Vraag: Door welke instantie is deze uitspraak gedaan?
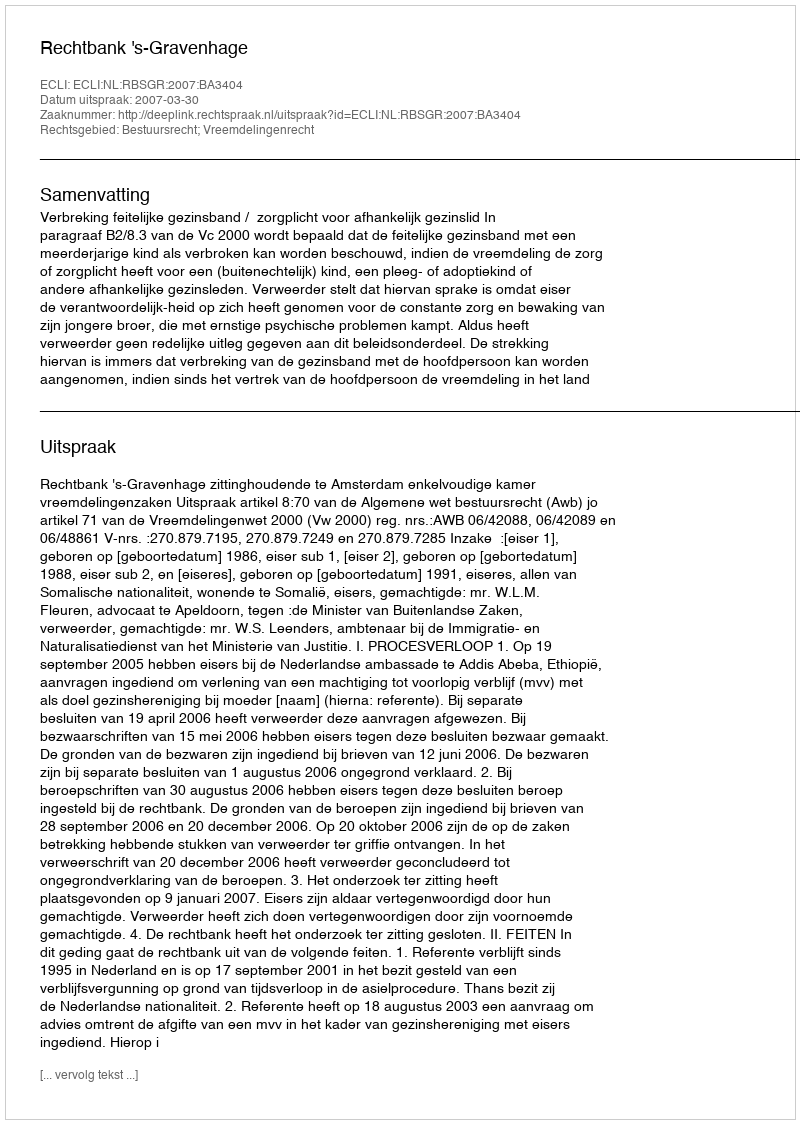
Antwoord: Rechtbank 's-Gravenhage